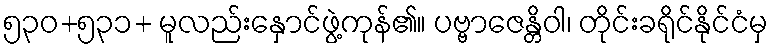
၅၃၀+၅၃၁+ မူလည်းနှောင်ဖွဲ့ကုန်၏။ ပဗ္ဗာဇေန္တိဝါ၊ တိုင်းခရိုင်နိုင်ငံမှ